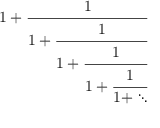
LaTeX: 1 + { \cfrac { 1 } { 1 + { \cfrac { 1 } { 1 + { \cfrac { 1 } { 1 + { \cfrac { 1 } { 1 + \ddots } } } } } } } }